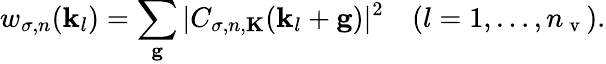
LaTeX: w_{\sigma,n}(\mathbf{k}_{l})=\sum_{\mathbf{g}}|C_{\sigma,n,\mathbf{K}}(\mathbf{k}_{l}+\mathbf{g})|^{2}\quad(l=1,\ldots,n_{\mathrm{~v~}}).